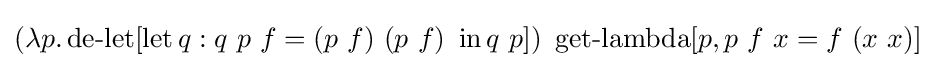
(\lambda p.\operatorname {de-let} [\operatorname {let} q:q\ p\ f=(p\ f)\ (p\ f)\ \operatorname {in} q\ p])\ \operatorname {get-lambda} [p,p\ f\ x=f\ (x\ x)]